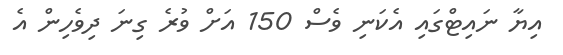
އިޔާ ނައިޓްގައި އެކަނި ވެސް 150 އަށް ވުރެ ގިނަ ދިވެހިން އެ